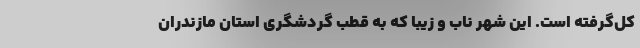
کل‌گرفته است. این شهر ناب و زیبا که به قطب گردشگری استان مازندران